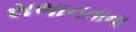
સભાનતાના